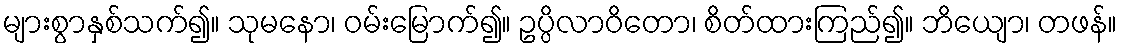
များစွာနှစ်သက်၍။ သုမနော၊ ဝမ်းမြောက်၍။ ဥပ္ပိလာဝိတော၊ စိတ်ထားကြည်၍။ ဘိယျော၊ တဖန်။